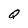
Character: Q